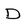
Character: D